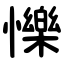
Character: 㦡